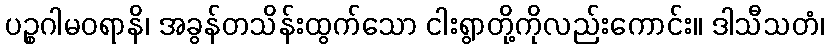
ပဉ္စဂါမဝရာနိ၊ အခွန်တသိန်းထွက်သော ငါးရွာတို့ကိုလည်းကောင်း။ ဒါသီသတံ၊